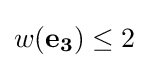
w(\mathbf {e_{3}} )\leq 2